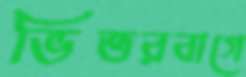
ভিতরবাগে